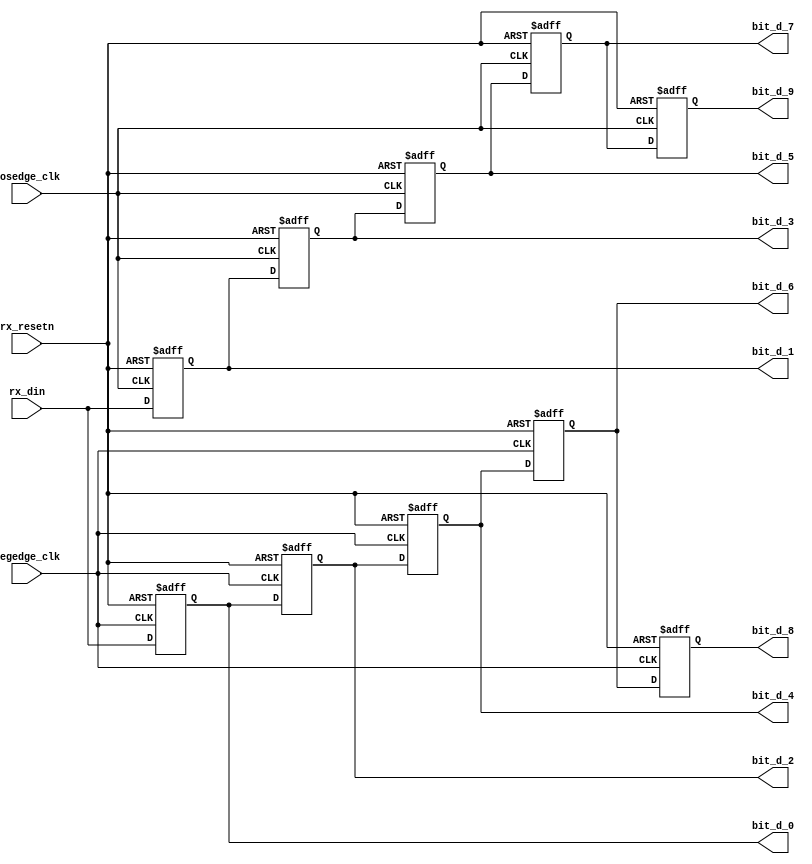
module bit_capture_data(
			input negedge_clk,
			input posedge_clk,
			input rx_resetn,
			
			input rx_din,
			
			output reg bit_d_0,//N
			output reg bit_d_1,//P
			output reg bit_d_2,//N
			output reg bit_d_3,//P
			output reg bit_d_4,//N
			output reg bit_d_5,//P
			output reg bit_d_6,//N
			output reg bit_d_7,//P
			output reg bit_d_8,//N
			output reg bit_d_9//P
		  );


always@(posedge posedge_clk or negedge rx_resetn)
begin

	if(!rx_resetn)
	begin
		bit_d_1  <= 1'b0;
		bit_d_3  <= 1'b0;
		bit_d_5  <= 1'b0;
		bit_d_7  <= 1'b0;
		bit_d_9  <= 1'b0;
	end
	else
	begin
		bit_d_1  <= rx_din;
		bit_d_3  <= bit_d_1;
		bit_d_5  <= bit_d_3;
		bit_d_7  <= bit_d_5;
		bit_d_9  <= bit_d_7;
	end

end

always@(posedge negedge_clk or negedge rx_resetn)
begin

	if(!rx_resetn)
	begin
		bit_d_0 <= 1'b0;
		bit_d_2 <= 1'b0;
		bit_d_4 <= 1'b0;
		bit_d_6 <= 1'b0;
		bit_d_8 <= 1'b0;

	end
	else
	begin
		bit_d_0 <= rx_din;
		bit_d_2 <= bit_d_0;
		bit_d_4 <= bit_d_2;
		bit_d_6 <= bit_d_4;
		bit_d_8 <= bit_d_6;
	end
end

endmodule